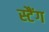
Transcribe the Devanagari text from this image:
स्टैंग